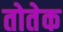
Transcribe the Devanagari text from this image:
तोतेक